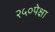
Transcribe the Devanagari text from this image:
२५०पेक्षा